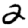
Digit: 2